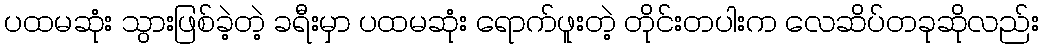
ပထမဆုံး သွားဖြစ်ခဲ့တဲ့ ခရီးမှာ ပထမဆုံး ရောက်ဖူးတဲ့ တိုင်းတပါးက လေဆိပ်တခုဆိုလည်း